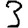
Digit: 3